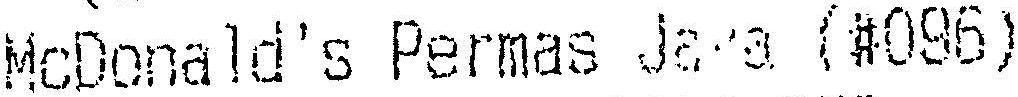
MCDONALD'S PERMAS JAYA (#096)